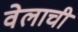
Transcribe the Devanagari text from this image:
वेलाची